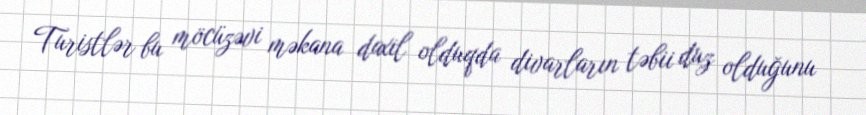
Turistlər bu möcüzəvi məkana daxil olduqda divarların təbii duz olduğunu